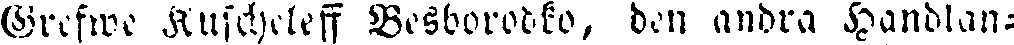
Grefwe Ruscheleff Besborodko, den andra Handlan-